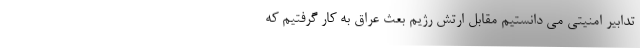
تدابیر امنیتی می دانستیم مقابل ارتش رژیم بعث عراق به کار گرفتیم که